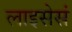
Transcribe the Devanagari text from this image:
लाइसेसं